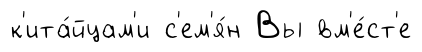
к'ита́йцам'и с'ем'я́н Вы вм'е́ст'е